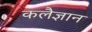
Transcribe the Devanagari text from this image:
कलैज्ञान